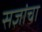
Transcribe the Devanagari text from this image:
सज्ञांचा